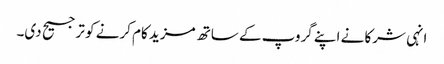
انہی شرکا نے اپنے گروپ کے ساتھ مزید کام کرنے کو ترجیح دی۔